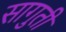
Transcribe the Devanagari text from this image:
सागुती